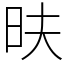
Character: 㫙